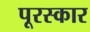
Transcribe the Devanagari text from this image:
पूरस्कार